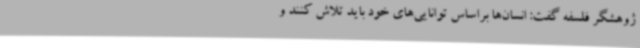
ژوهشگر فلسفه گفت: انسان‌ها براساس توانایی‌های خود باید تلاش کنند و